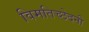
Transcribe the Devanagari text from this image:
विमतिच्छेदनी